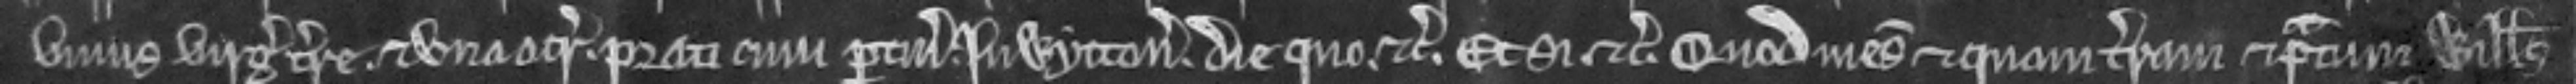
unius virgate terre. et una acra. prati cum pertinenciis. In Wytton. die quo. etc. Et si etc. Quod mesuagium et quam terram et pratum Willelmus